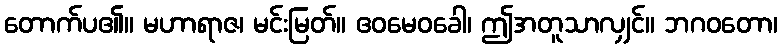
တောက်ပ၏။ မဟာရာဇ၊ မင်းမြတ်။ ဧဝမေဝခေါ၊ ဤအတူသာလျှင်။ ဘဂဝတော၊